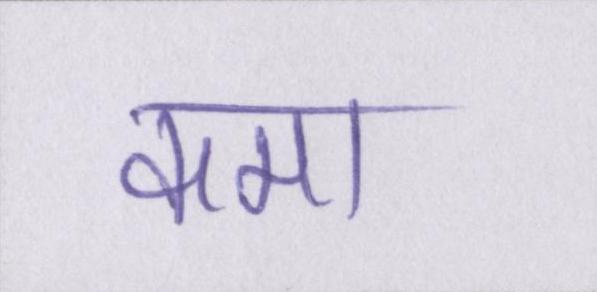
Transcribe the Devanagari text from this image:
कमा